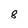
Character: 8